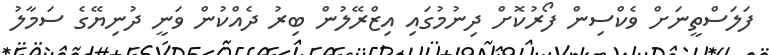
ފަލަސްތީނަށް ވެކްސިން ފޯރުކޮށް ދިނުމުގައި އިޒްރޭލުން ބިރު ދެއްކުން ވަނީ ދުނިޔޭގެ ސަމާލު